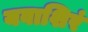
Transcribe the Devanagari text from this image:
यवाशिरं